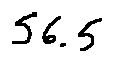
5 6 . 5